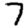
Digit: 7